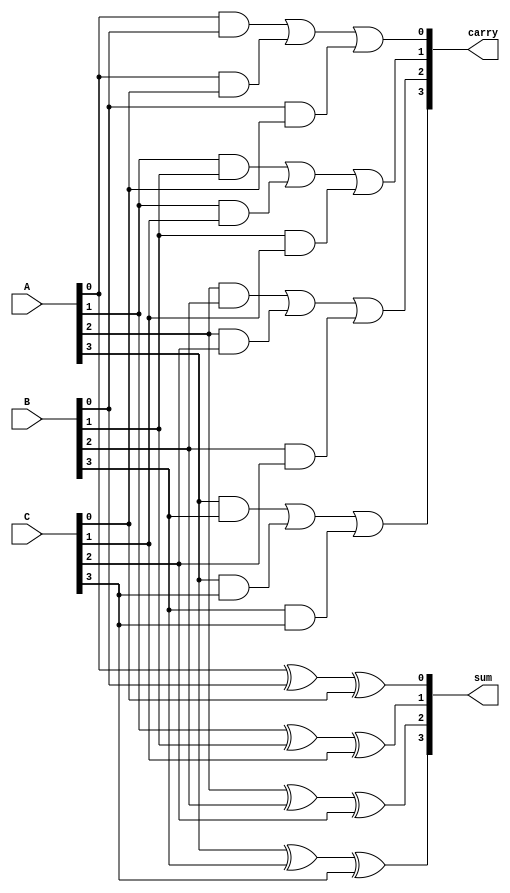
module dynamic_carry_save_adder (
    input  wire [3:0] A, // First operand
    input  wire [3:0] B, // Second operand
    input  wire [3:0] C, // Third operand
    output wire [3:0] sum, // Sum output
    output wire [3:0] carry // Carry output
);

    // Intermediate signals for carry save addition
    wire [3:0] sum_temp;
    wire [3:0] carry_temp;

    // Precharge phase (not explicitly represented in Verilog here)
    // In a real dynamic logic design, this would be controlled by clock signals

    // Carry save logic for three numbers (A, B, C)
    // Sum = A + B + C (using carry save technique)
    assign sum_temp[0] = A[0] ^ B[0] ^ C[0]; // Sum bit
    assign carry_temp[0] = (A[0] & B[0]) | (A[0] & C[0]) | (B[0] & C[0]); // Carry bit

    assign sum_temp[1] = A[1] ^ B[1] ^ C[1]; // Sum bit
    assign carry_temp[1] = (A[1] & B[1]) | (A[1] & C[1]) | (B[1] & C[1]); // Carry bit

    assign sum_temp[2] = A[2] ^ B[2] ^ C[2]; // Sum bit
    assign carry_temp[2] = (A[2] & B[2]) | (A[2] & C[2]) | (B[2] & C[2]); // Carry bit

    assign sum_temp[3] = A[3] ^ B[3] ^ C[3]; // Sum bit
    assign carry_temp[3] = (A[3] & B[3]) | (A[3] & C[3]) | (B[3] & C[3]); // Carry bit

    // The final sum output
    assign sum = sum_temp;

    // The carry bits can be used for further addition
    assign carry = carry_temp;

endmodule